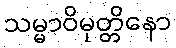
သမ္မာဝိမုတ္တိနော